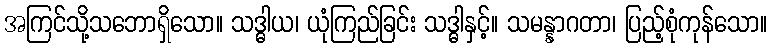
အကြင်သို့သဘောရှိသော။ သဒ္ဓါယ၊ ယုံကြည်ခြင်း သဒ္ဓါနှင့်။ သမန္နာဂတာ၊ ပြည့်စုံကုန်သော။